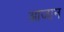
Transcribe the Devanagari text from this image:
आजान